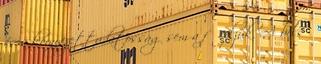
és a környezettudatosság sem a fő céljuk. A belső